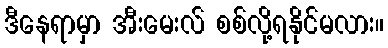
ဒီနေရာမှာ အီးမေးလ် စစ်လို့ရနိုင်မလား။